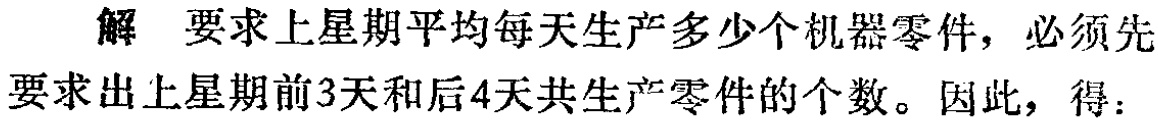
解 要求上星期平均每天生产多少个机器零件，必须先要求出上星期前3天和后4天共生产零件的个数。因此，得：